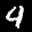
Label: 4